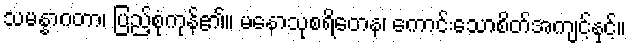
သမန္နာဂတာ၊ ပြည့်စုံကုန်၏။ မနောသုစရိတေန၊ ကောင်းသောစိတ်အကျင့်နှင့်။